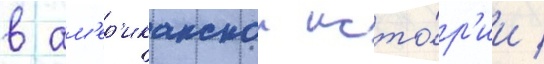
в ам'ер'иканскои исто́р'ии /